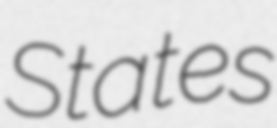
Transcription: States